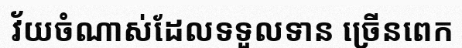
វ័យចំណាស់ដែលទទួលទាន ច្រើនពេក